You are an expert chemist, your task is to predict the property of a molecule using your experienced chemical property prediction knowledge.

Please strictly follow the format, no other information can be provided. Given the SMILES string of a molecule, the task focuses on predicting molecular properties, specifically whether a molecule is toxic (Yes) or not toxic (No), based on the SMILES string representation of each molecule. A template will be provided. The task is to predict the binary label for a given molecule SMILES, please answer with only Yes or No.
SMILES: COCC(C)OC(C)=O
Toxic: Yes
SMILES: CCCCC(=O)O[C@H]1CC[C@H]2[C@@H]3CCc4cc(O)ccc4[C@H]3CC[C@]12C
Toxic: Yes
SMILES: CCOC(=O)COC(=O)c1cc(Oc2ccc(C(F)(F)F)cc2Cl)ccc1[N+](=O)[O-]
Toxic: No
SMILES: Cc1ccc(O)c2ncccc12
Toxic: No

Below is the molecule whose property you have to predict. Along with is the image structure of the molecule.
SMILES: CC(=O)N[C@@H](CC(C)C)C(=O)O
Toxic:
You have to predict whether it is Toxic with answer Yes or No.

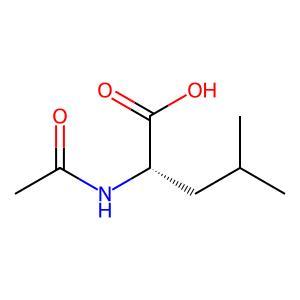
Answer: No